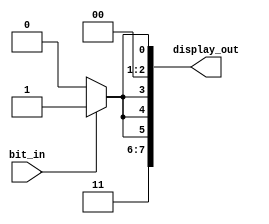
module bit_to_hex_display(bit_in, display_out);

input bit_in;
output reg [7:0] display_out;

parameter SEG_ON = 0, SEG_OFF = 1;

always@(*) begin 
    if (bit_in == 0) begin
    display_out[0] = SEG_ON;
    display_out[1] = SEG_ON;
    display_out[2] = SEG_ON;
    display_out[3] = SEG_ON;
    display_out[4] = SEG_ON;
    display_out[5] = SEG_ON;
    display_out[6] = SEG_OFF;
    display_out[7] = SEG_OFF;
    end
    else begin
    display_out[0] = SEG_OFF;
    display_out[1] = SEG_ON;
    display_out[2] = SEG_ON;
    display_out[3] = SEG_OFF;
    display_out[4] = SEG_OFF;
    display_out[5] = SEG_OFF;
    display_out[6] = SEG_OFF;
    display_out[7] = SEG_OFF;
	 end
end 
endmodule